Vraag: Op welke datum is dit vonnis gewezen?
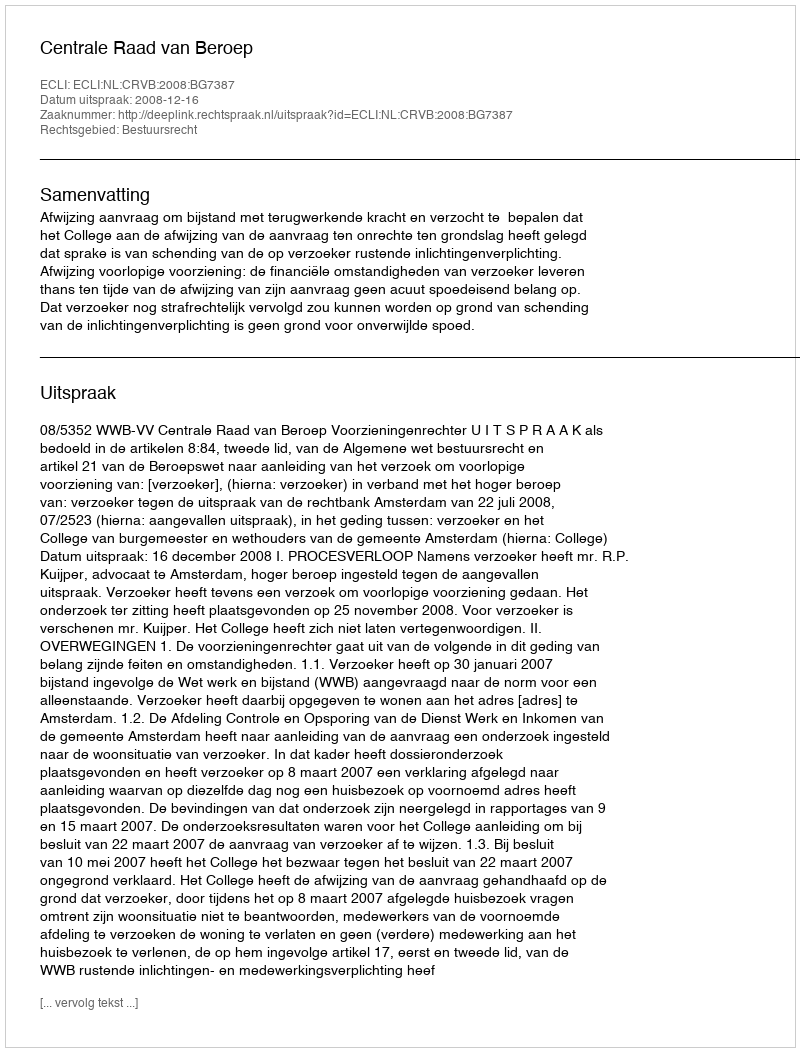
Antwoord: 2008-12-16